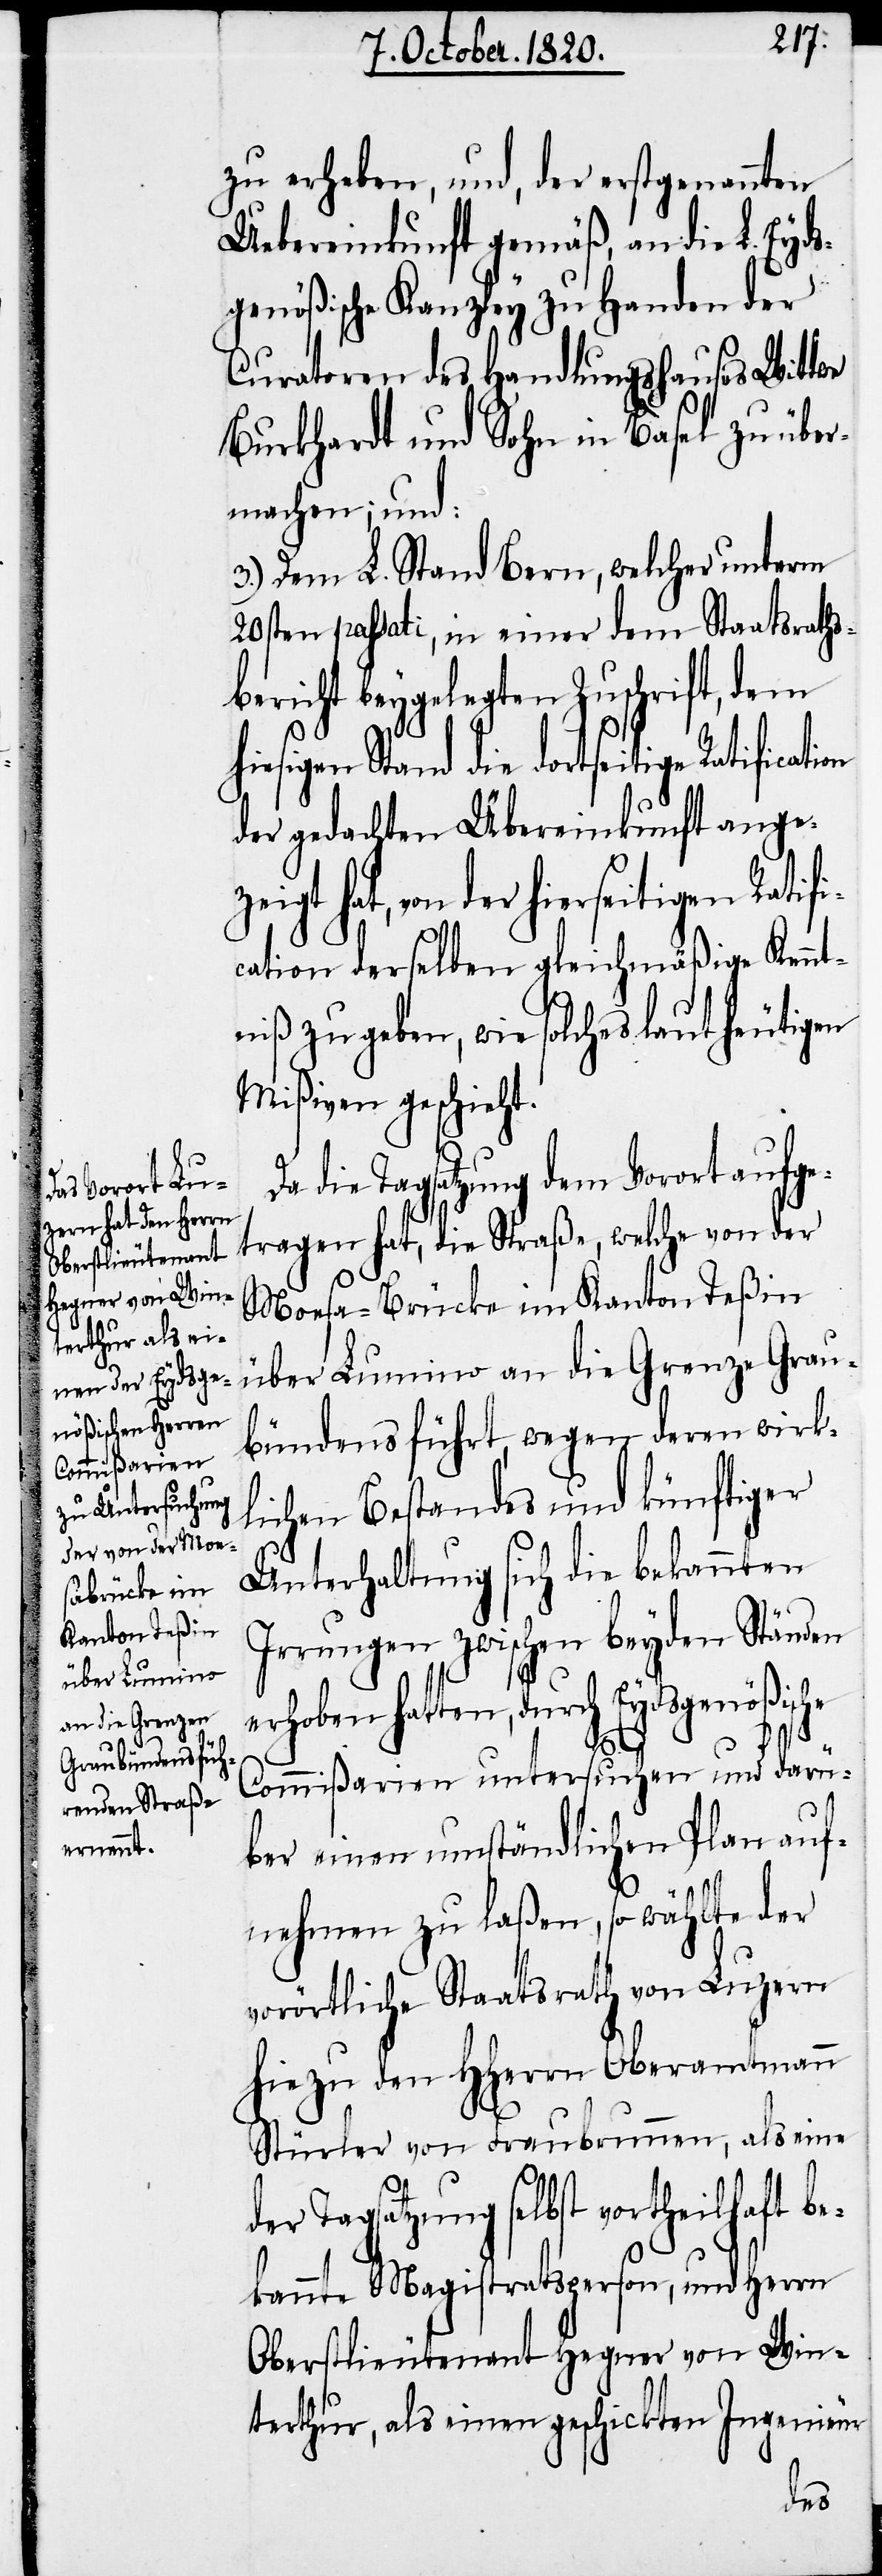
on

zu erheben, und, der erstgenannten
Uebereinkunft gemäß, an die L. Eyds¬
genößische Kanzley zu Handen der
Curatoren des Handlungshauses Wittwe
Burkhardt und Sohn in Basel zu über¬
machen; und:
3.) Dem L. Stand Bern, welcher unterm
20sten passati, in einer dem Staatsraths¬
bericht beygelegten Zuschrift, dem
hiesigen Stand die dortseitige Ratificati¬
der gedachten Übereinkunft angez¬
eigt hat, von der hierseitigen Ratif¬
cation derselben gleichmäßige Kenn¬
tniß zu geben, wie solches laut heutigen
Mißiven geschieht.
i¬
Da die Tagsatzung dem Vorort aufge¬
tragen hat, die Straße, welche von der
Monsa-Brücke im Kanton Teßin
über Lumino an die Grenze Grau¬
bündens führt, wegen deren wirk¬
lichen Bestandes und künftiger
Unterhaltung sich die bekannten
Irrungen zwischen beyden Ständen
hatten, durch Eydsgenößische
Commißarien untersuchen und darü¬
ber einen umständlichen Plan auf¬
nehmen zu laßen, so wählte der
vorörtliche Staatsrath von Luzern
hiezu den HHerrn Oberamtmann
Stürler von Fraubrunnen, als eine
der Tagsatzung selbst vortheilhaft be¬
kannte Magistrathsperson, und Herrn
Oberstlieutenant Hegner von Win¬
terthur, als einen geschickten Ingenieur